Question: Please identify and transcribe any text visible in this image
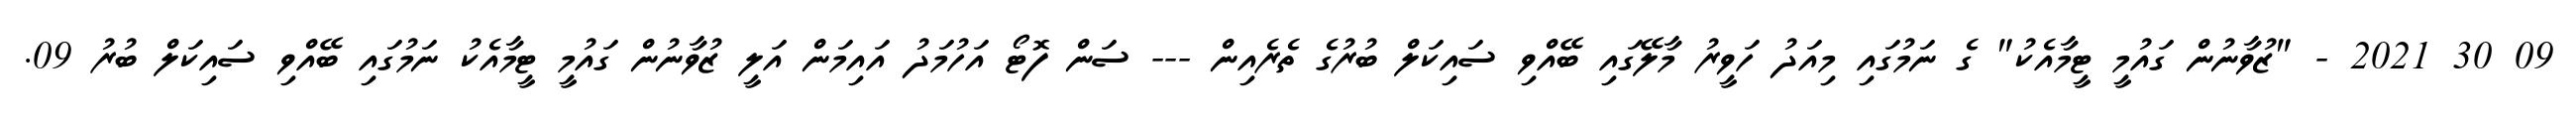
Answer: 09 30 2021 - "ޒުވާނުން ގައުމީ ޓީމާއެކު" ގެ ނަމުގައި މިއަދު ހަވީރު މާލޭގައި ބޭއްވި ސައިކަލް ބުރުގެ ތެރެއިން --- ސަން ފޮޓޯ އަހުމަދު އައިމަން އަލީ ޒުވާނުން ގައުމީ ޓީމާއެކު ނަމުގައި ބޭއްވި ސައިކަލް ބުރު 09.